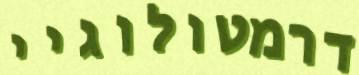
דרמטולוגיי